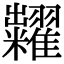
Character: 糶